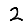
Digit: 2